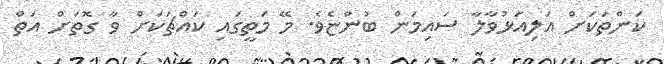
ކަންތަކަށް އަލިއަޅުވާލާ ސައިމަން ބުންޏެވެ. މޭ މަތީގައި ކައްޗަކަށް ވާ ގޮތަށް އަތް